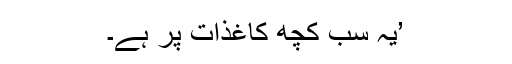
’یہ سب کچھ کاغذات پر ہے۔